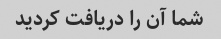
شما آن را دریافت کردید